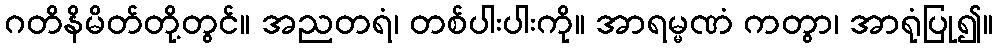
ဂတိနိမိတ်တို့တွင်။ အညတရံ၊ တစ်ပါးပါးကို။ အာရမ္မဏံ ကတွာ၊ အာရုံပြု၍။